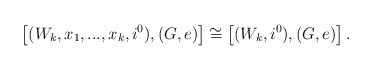
\begin{align*}\left[ (W_k, x_1,...,x_k, i^0), (G,e)\right]\cong\left[ (W_k, i^0),(G,e)\right] .\end{align*}